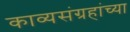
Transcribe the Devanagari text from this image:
काव्यसंग्रहांच्या